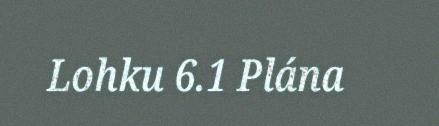
Lohku 6.1 Plána